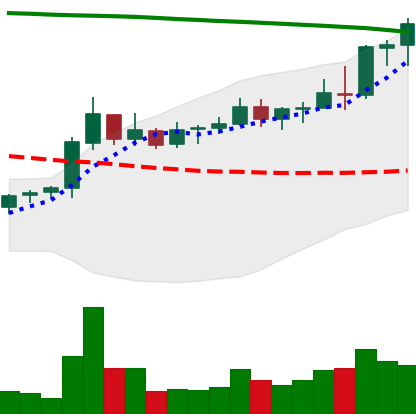
Ticker: NEO-USD
Chart end date: 2021-08-15
Forward return: -4.08%
Label: down_3_5